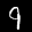
Label: 9